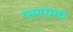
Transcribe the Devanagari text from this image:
एमएमच